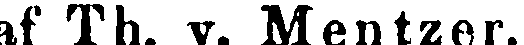
af Th. v. Mentzer.